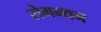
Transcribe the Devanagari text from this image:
रोमन्थन